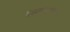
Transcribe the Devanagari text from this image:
इक्ष्वाकुकुलातला